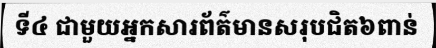
ទី៤ ជាមួយអ្នកសារព័ត៌មានសរុបជិត៦ពាន់